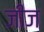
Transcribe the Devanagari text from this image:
जीज